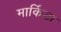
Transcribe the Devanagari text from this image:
मार्किंडा